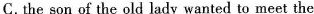
C.the son of the old lady wanted to meet the